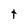
Character: t